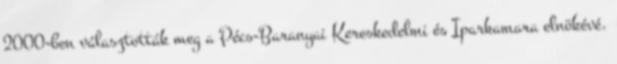
2000-ben választották meg a Pécs-Baranyai Kereskedelmi és Iparkamara elnökévé.